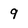
Character: 9